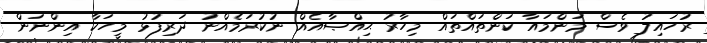
ރުހައިލު ވެސް މަންމައާ ކަންތައްތައް މިހާރު ޙިއްޞާއެއް ނުކުރަމެއްނު ދަރިފުޅު މީހަކާ އިންނަން